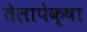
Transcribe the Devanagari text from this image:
तेलापेक्षा